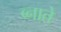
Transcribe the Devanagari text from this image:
ब्नाते